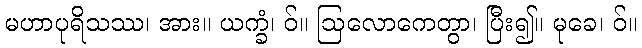
မဟာပုရိသဿ၊ အား။ ယက္ခံ၊ ဝ်။ ဩလောကေတွာ၊ ပြီး၍။ မုခေ၊ ဝ်။